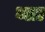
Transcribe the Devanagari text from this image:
ब्ला